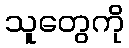
သူတွေကို